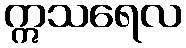
ဣသရေလ